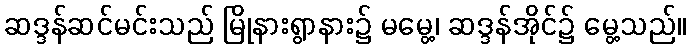
ဆဒ္ဒန်ဆင်မင်းသည် မြိုနားရွာနား၌ မမွေ့၊ ဆဒ္ဒန်အိုင်၌ မွေ့သည်။